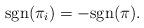
LaTeX: \begin{align*}\mathrm{sgn}(\pi_i) = - \mathrm{sgn}(\pi).\end{align*}